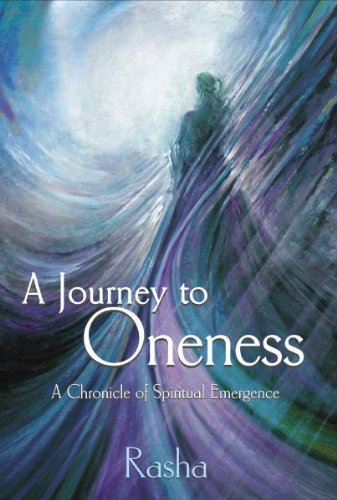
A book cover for A Journey to Oneness: a Chronicle of Spiritual Emergence; Rasha; Self-Help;